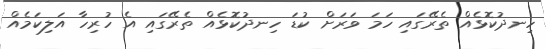
ހިނދުކޮޅެއް ތެރޭގައި ހަމަ ވަރަށް ކުޑަ ހިނދުކޮޅެއް ތެރޭގައި އެ ހުރިހާ އަލިކަމެއް